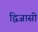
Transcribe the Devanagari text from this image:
द्विजासी